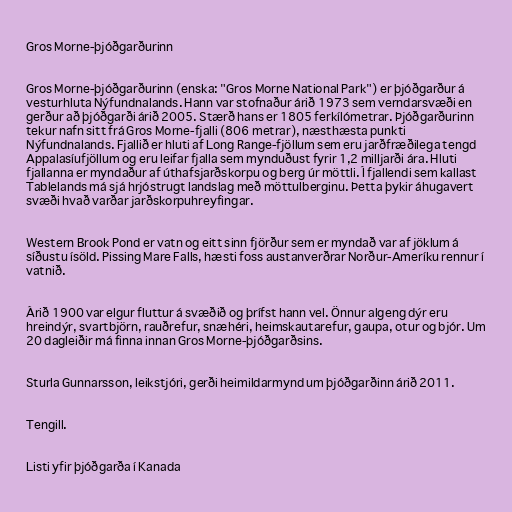
Gros Morne-þjóðgarðurinn

Gros Morne-þjóðgarðurinn (enska: "Gros Morne National Park") er þjóðgarður á
vesturhluta Nýfundnalands. Hann var stofnaður árið 1973 sem verndarsvæði en
gerður að þjóðgarði árið 2005. Stærð hans er 1805 ferkílómetrar. Þjóðgarðurinn
tekur nafn sitt frá Gros Morne-fjalli (806 metrar), næsthæsta punkti
Nýfundnalands. Fjallið er hluti af Long Range-fjöllum sem eru jarðfræðilega tengd
Appalasíufjöllum og eru leifar fjalla sem mynduðust fyrir 1,2 milljarði ára. Hluti
fjallanna er myndaður af úthafsjarðskorpu og berg úr möttli. Í fjallendi sem kallast
Tablelands má sjá hrjóstrugt landslag með möttulberginu. Þetta þykir áhugavert
svæði hvað varðar jarðskorpuhreyfingar.

Western Brook Pond er vatn og eitt sinn fjörður sem er myndað var af jöklum á
síðustu ísöld. Pissing Mare Falls, hæsti foss austanverðrar Norður-Ameríku rennur í
vatnið.

Árið 1900 var elgur fluttur á svæðið og þrífst hann vel. Önnur algeng dýr eru
hreindýr, svartbjörn, rauðrefur, snæhéri, heimskautarefur, gaupa, otur og bjór. Um
20 dagleiðir má finna innan Gros Morne-þjóðgarðsins.

Sturla Gunnarsson, leikstjóri, gerði heimildarmynd um þjóðgarðinn árið 2011.

Tengill.

Listi yfir þjóðgarða í Kanada